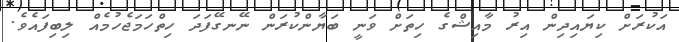
އަކުރަށް ކިޔައިދިން އިރު މާއިޝްގެ ހިތަށް ވަނީ ބަޔާންކުރަން ނޭނގޭފަދަ ހިތްހަމަޖެހުމެއް ލިބިފައެވެ.